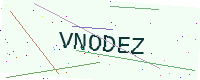
Text: VNODEZ